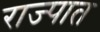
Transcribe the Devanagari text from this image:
राज्पात